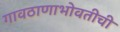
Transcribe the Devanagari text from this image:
गावठाणाभोवतीची